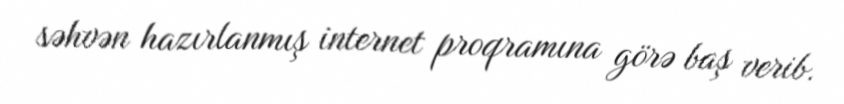
səhvən hazırlanmış internet proqramına görə baş verib.